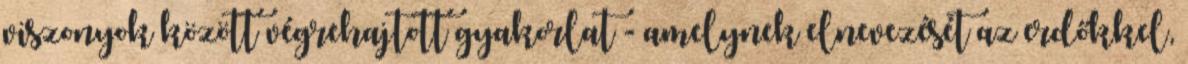
viszonyok között végrehajtott gyakorlat - amelynek elnevezését az erdőkkel,